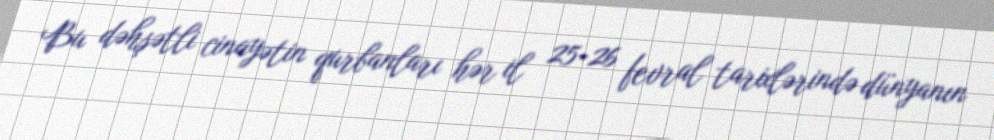
Bu dəhşətli cinayətin qurbanları hər il 25-26 fevral tarixlərində dünyanın